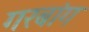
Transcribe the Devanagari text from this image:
गरबांग